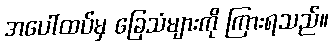
အပေါ်ထပ်မှ ခြေသံများကို ကြားရသည်။